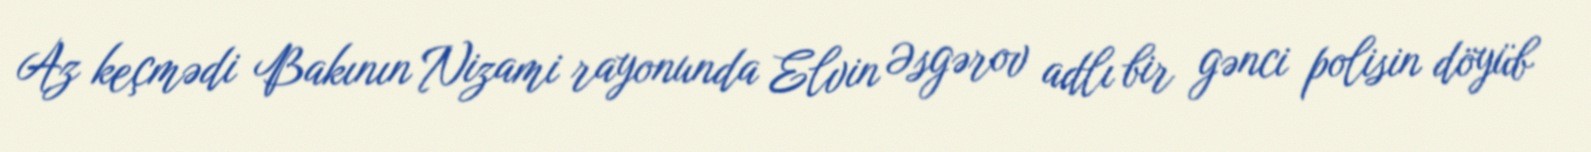
Az keçmədi Bakının Nizami rayonunda Elvin Əsgərov adlı bir gənci polisin döyüb